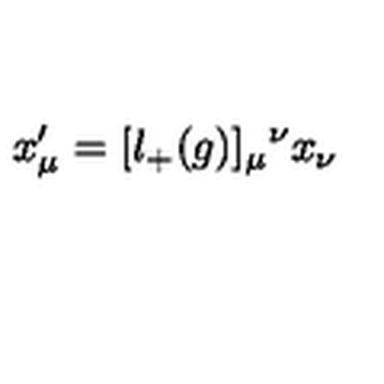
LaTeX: x _ { \mu } ^ { \prime } = [ l _ { + } ( g ) ] _ { \mu } { } ^ { \nu } x _ { \nu }